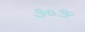
૭૦૭